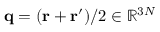
\ensuremath { \mathbf { q } } = ( \ensuremath { \mathbf { r } } + \ensuremath { \mathbf { r } } ^ { \prime } ) / 2 \in \mathbb { R } ^ { 3 N }